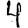
Digit: 4